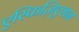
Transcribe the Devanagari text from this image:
एस्फिज़िएशन